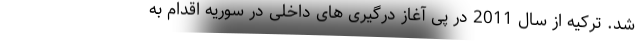
شد. تركیه از سال 2011 در پی آغاز درگیری های داخلی در سوریه اقدام به